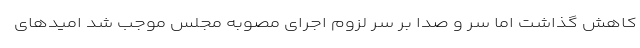
کاهش گذاشت اما سر و صدا بر سر لزوم اجرای مصوبه مجلس موجب شد امیدهای